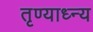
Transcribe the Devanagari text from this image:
तृण्याध्न्य